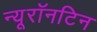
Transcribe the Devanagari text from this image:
न्यूरॉनटिन